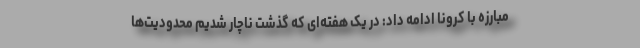
مبارزه با کرونا ادامه داد: در یک هفته‌ای که گذشت ناچار شدیم محدودیت‌ها